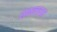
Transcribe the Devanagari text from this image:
सकललाभ